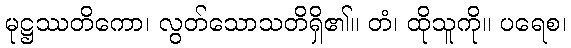
မုဋ္ဌဿတိကော၊ လွတ်သောသတိရှိ၏။ တံ၊ ထိုသူကို။ ပရေစ၊